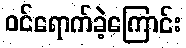
ဝင်ရောက်ခဲ့ကြောင်း